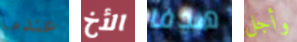
عندما الأخ هدفا وأجل